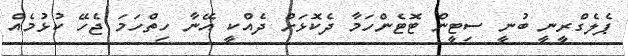
ޕެލެގްރީނީ ބުނީ ސިޓީން ޓޮޓެންހަމާ ދެކޮޅަށް ދެއްކީ އޭނާ ހިތްހަމަ ޖެހޭ ކުޅުމެއް